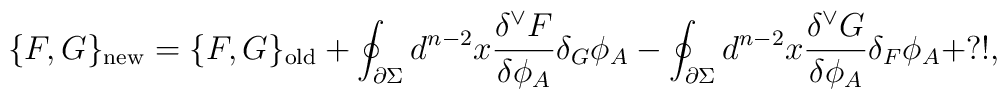
\{F,G\}_{\rm new}=\{F,G\}_{\rm old}+\oint_{\partial\Sigma}d^{n-2}x\frac{\delta^\vee F}{\delta\phi_A}\delta_G\phi_A-\oint_{\partial\Sigma}d^{n-2}x\frac{\delta^\vee G}{\delta\phi_A}\delta_F\phi_A+?!,